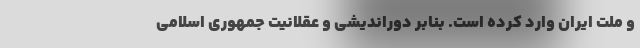
و ملت ایران وارد کرده است. بنابر دوراندیشی و عقلانیت جمهوری اسلامی